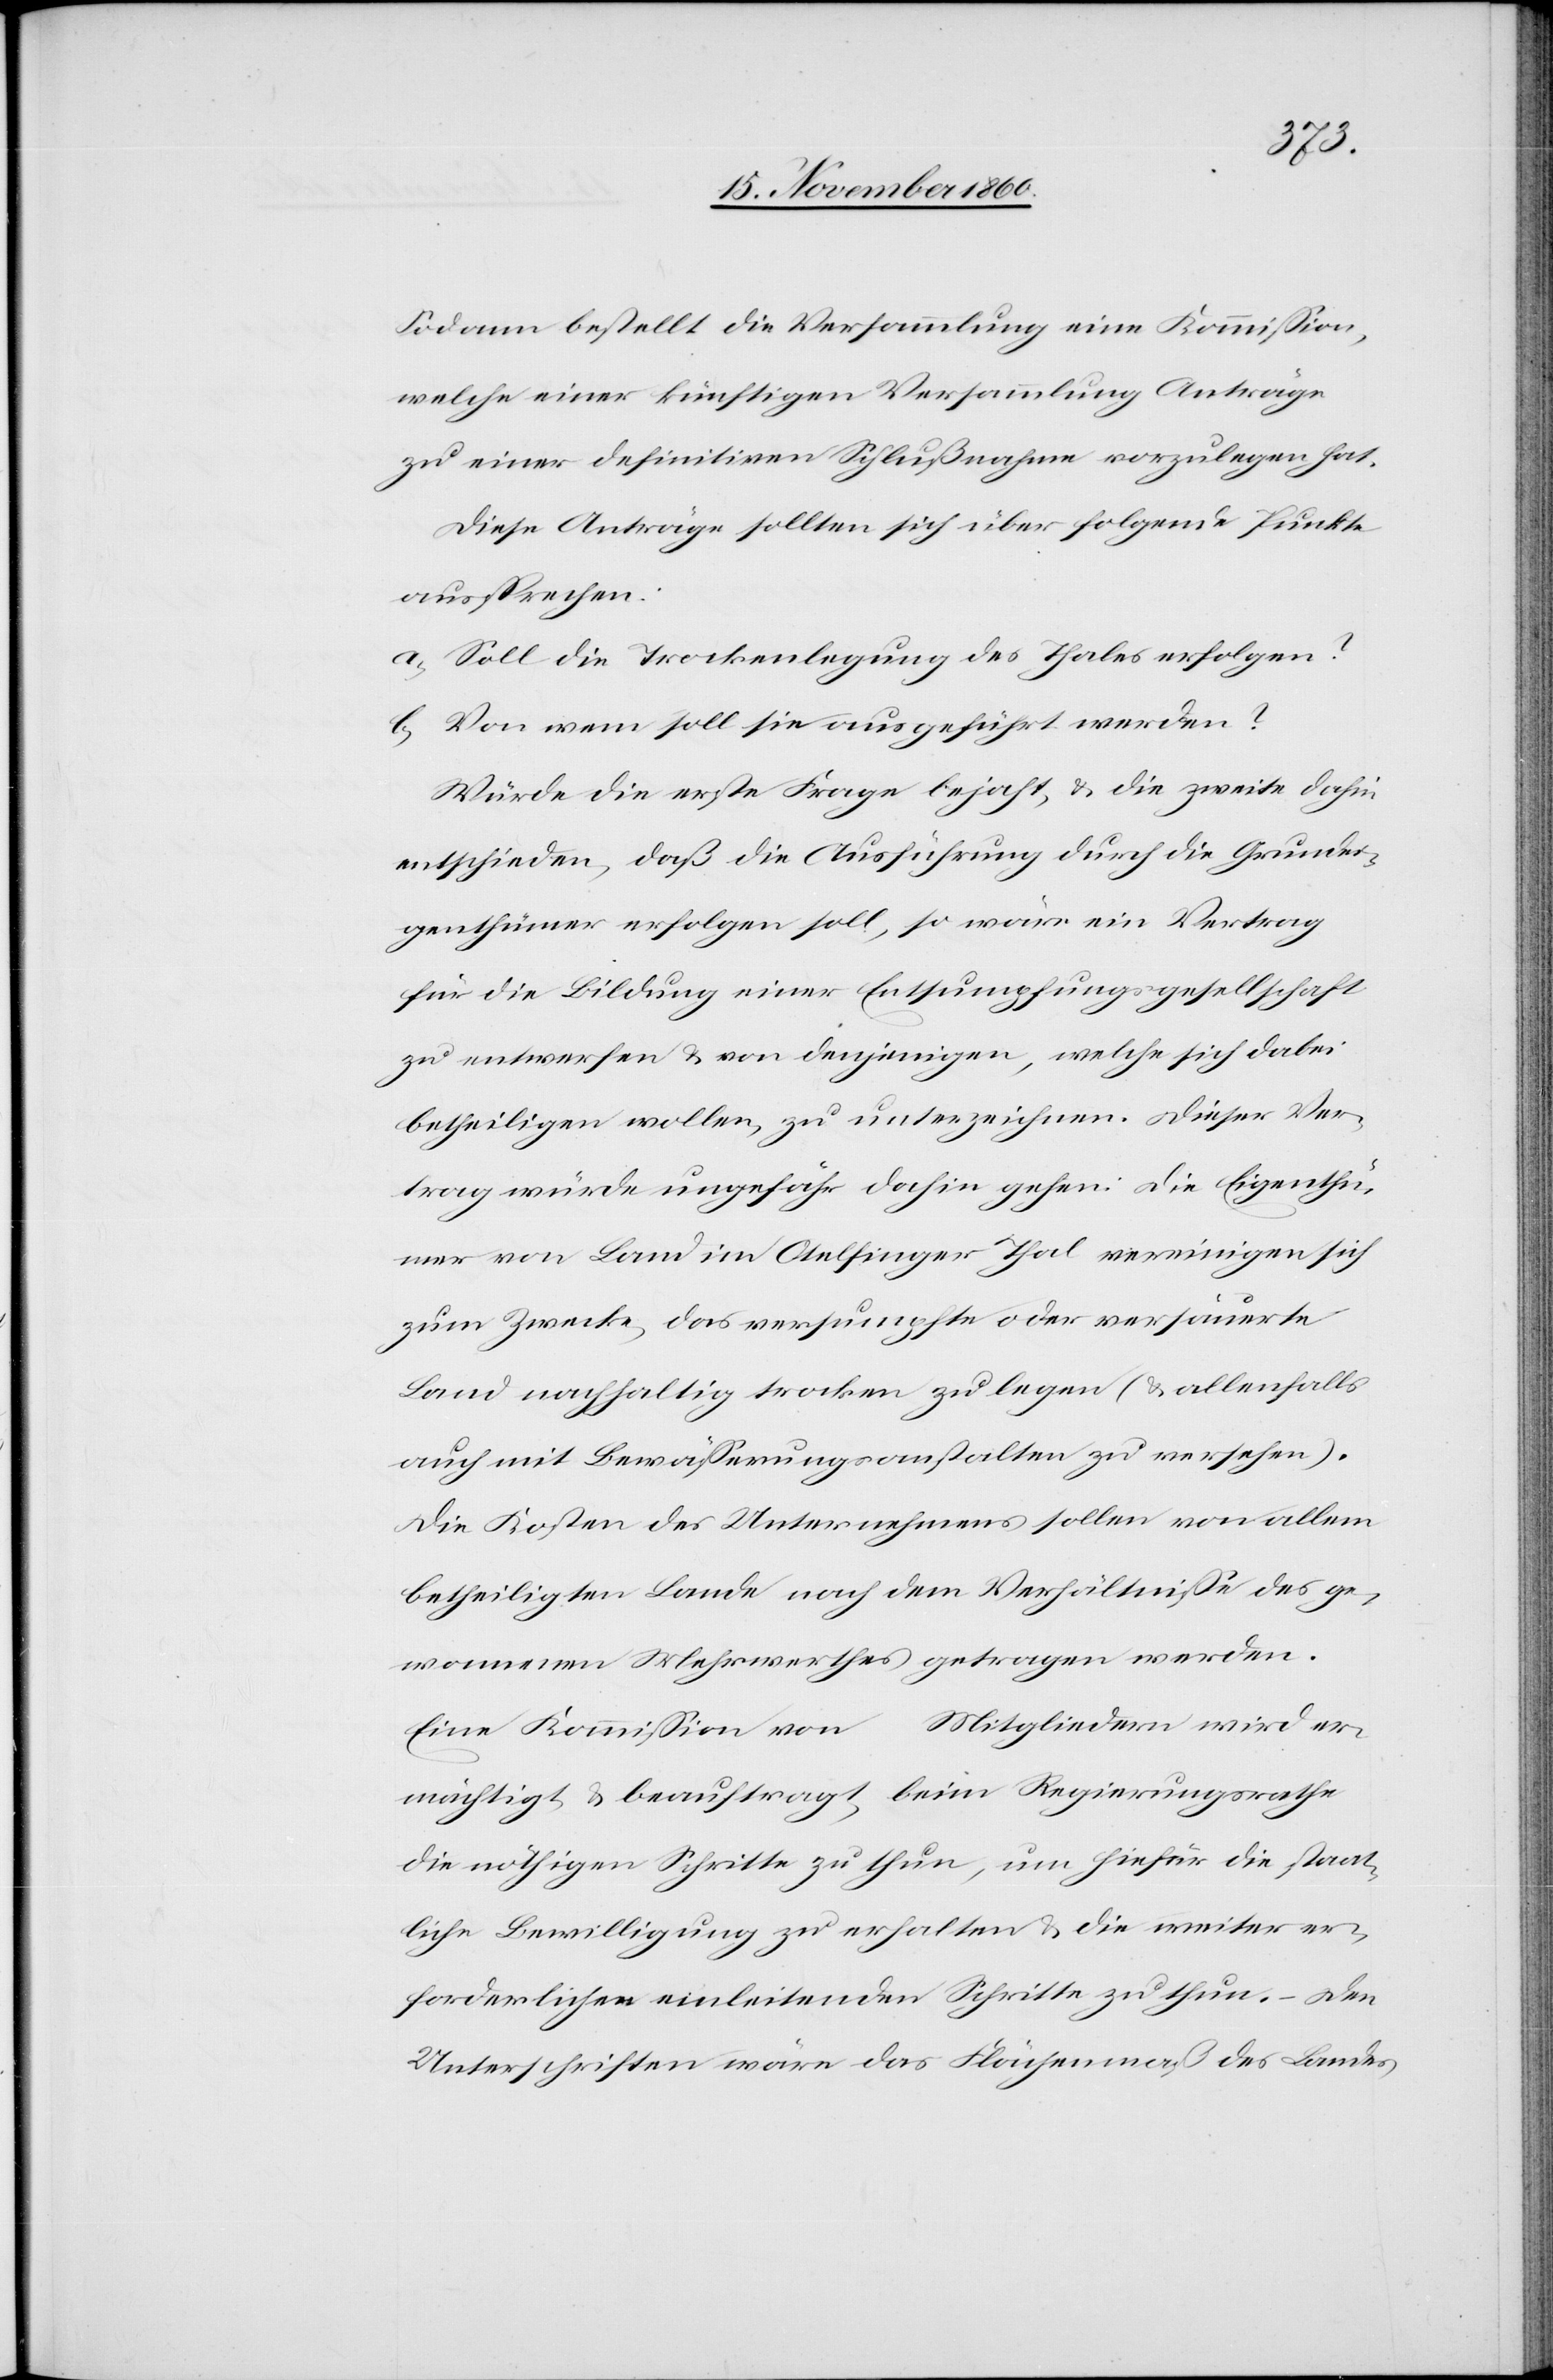
Sodann bestellt die Versammlung eine Kommission,
welche einer künftigen Versammlung Anträge
zu einer definitiven Schlußnahme vorzulegen hat.
Diese Anträge sollten sich über folgende Punkte
aussprechen:
a) Soll die Trockenlegung des Thales erfolgen?
b) Von wem soll sie ausgeführt werden?
Würde die erste Frage bejaht, u. die zweite dahin
entschieden, daß die Ausführung durch die Grundei¬
genthümer erfolgen soll, so wäre ein Vertrag
für die Bildung einer Entsumpfungsgesellschaft
zu entwerfen u. von denjenigen, welche sich dabei
betheiligen wollen, zu unterzeichnen. Dieser Ver¬
trag würde ungefähr dahin gehen: Die Eigenthü¬
mer von Land im Otelfinger Thal vereinigen sich
zum Zwecke, das versumpfte oder versäuerte
Land nachhaltig trocken zu legen (u. allenfalls
auch mit Bewässerungsanstalten zu versehen).
Die Kosten des Unternehmens sollen von allem
betheiligten Lande nach dem Verhältnisse des ge¬
wonnenen Mehrwerthes getragen werden.
Eine Kommission von … Mitgliedern wird er¬
mächtigt u. beauftragt, beim Regierungsrathe
die nöthigen Schritte zu thun, um hiefür die staat¬
liche Bewilligung zu erhalten u. die weiter er¬
forderlichen einleitenden Schritte zu thun. – Den
Unterschriften wäre das Flächenmaß des Landes